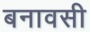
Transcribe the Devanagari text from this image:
बनावसी